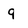
Character: q